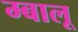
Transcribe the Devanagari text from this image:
म्बालू